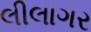
લીલાગર